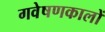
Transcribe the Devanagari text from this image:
गवेषणकालों